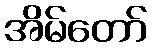
အိမ်တော်